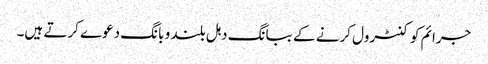
جرائم کو کنٹرول کرنے کے ببانگ دہل بلند و بانگ دعوے کرتے ہیں۔